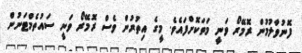
ފޮނުވާލުމުން ރޮމޭރޯ ވަނީ މަތަކޮށްފައެވެ. މީގެ އިތުރުން ވެސް ރޮމޭރޯ ވަނީ ސައުތެމްޓަނުން